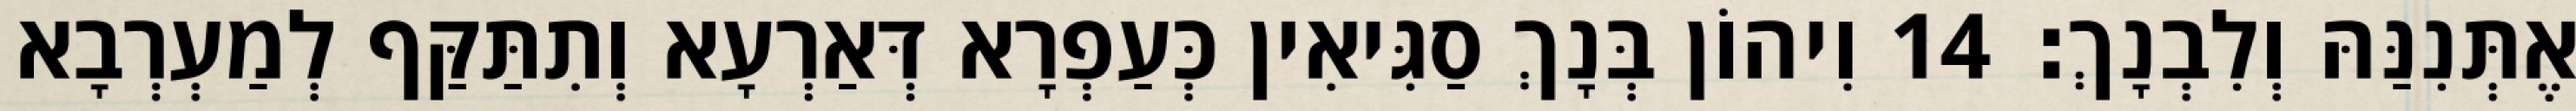
אֶתְּנִנַּהּ וְלִבְנָךְ׃ 14 וִיהוֹן בְּנָךְ סַגִּיאִין כְּעַפְרָא דְּאַרְעָא וְתִתַּקַּף לְמַעְרְבָא